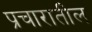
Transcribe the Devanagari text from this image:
प्रचारातील